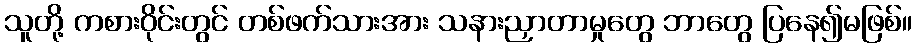
သူတို့ ကစားဝိုင်းတွင် တစ်ဖက်သားအား သနားညှာတာမှုတွေ ဘာတွေ ပြနေ၍မဖြစ်။